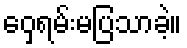
ဝှေ့ရမ်းမပြသာခဲ့။